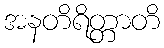
အနတိရိတ္တာတိ